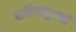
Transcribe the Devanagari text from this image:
बारियोनुएव्हो